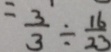
= \frac { 3 } { 3 } \div \frac { 1 6 } { 2 3 }